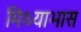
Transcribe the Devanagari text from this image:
मिथ्याभास